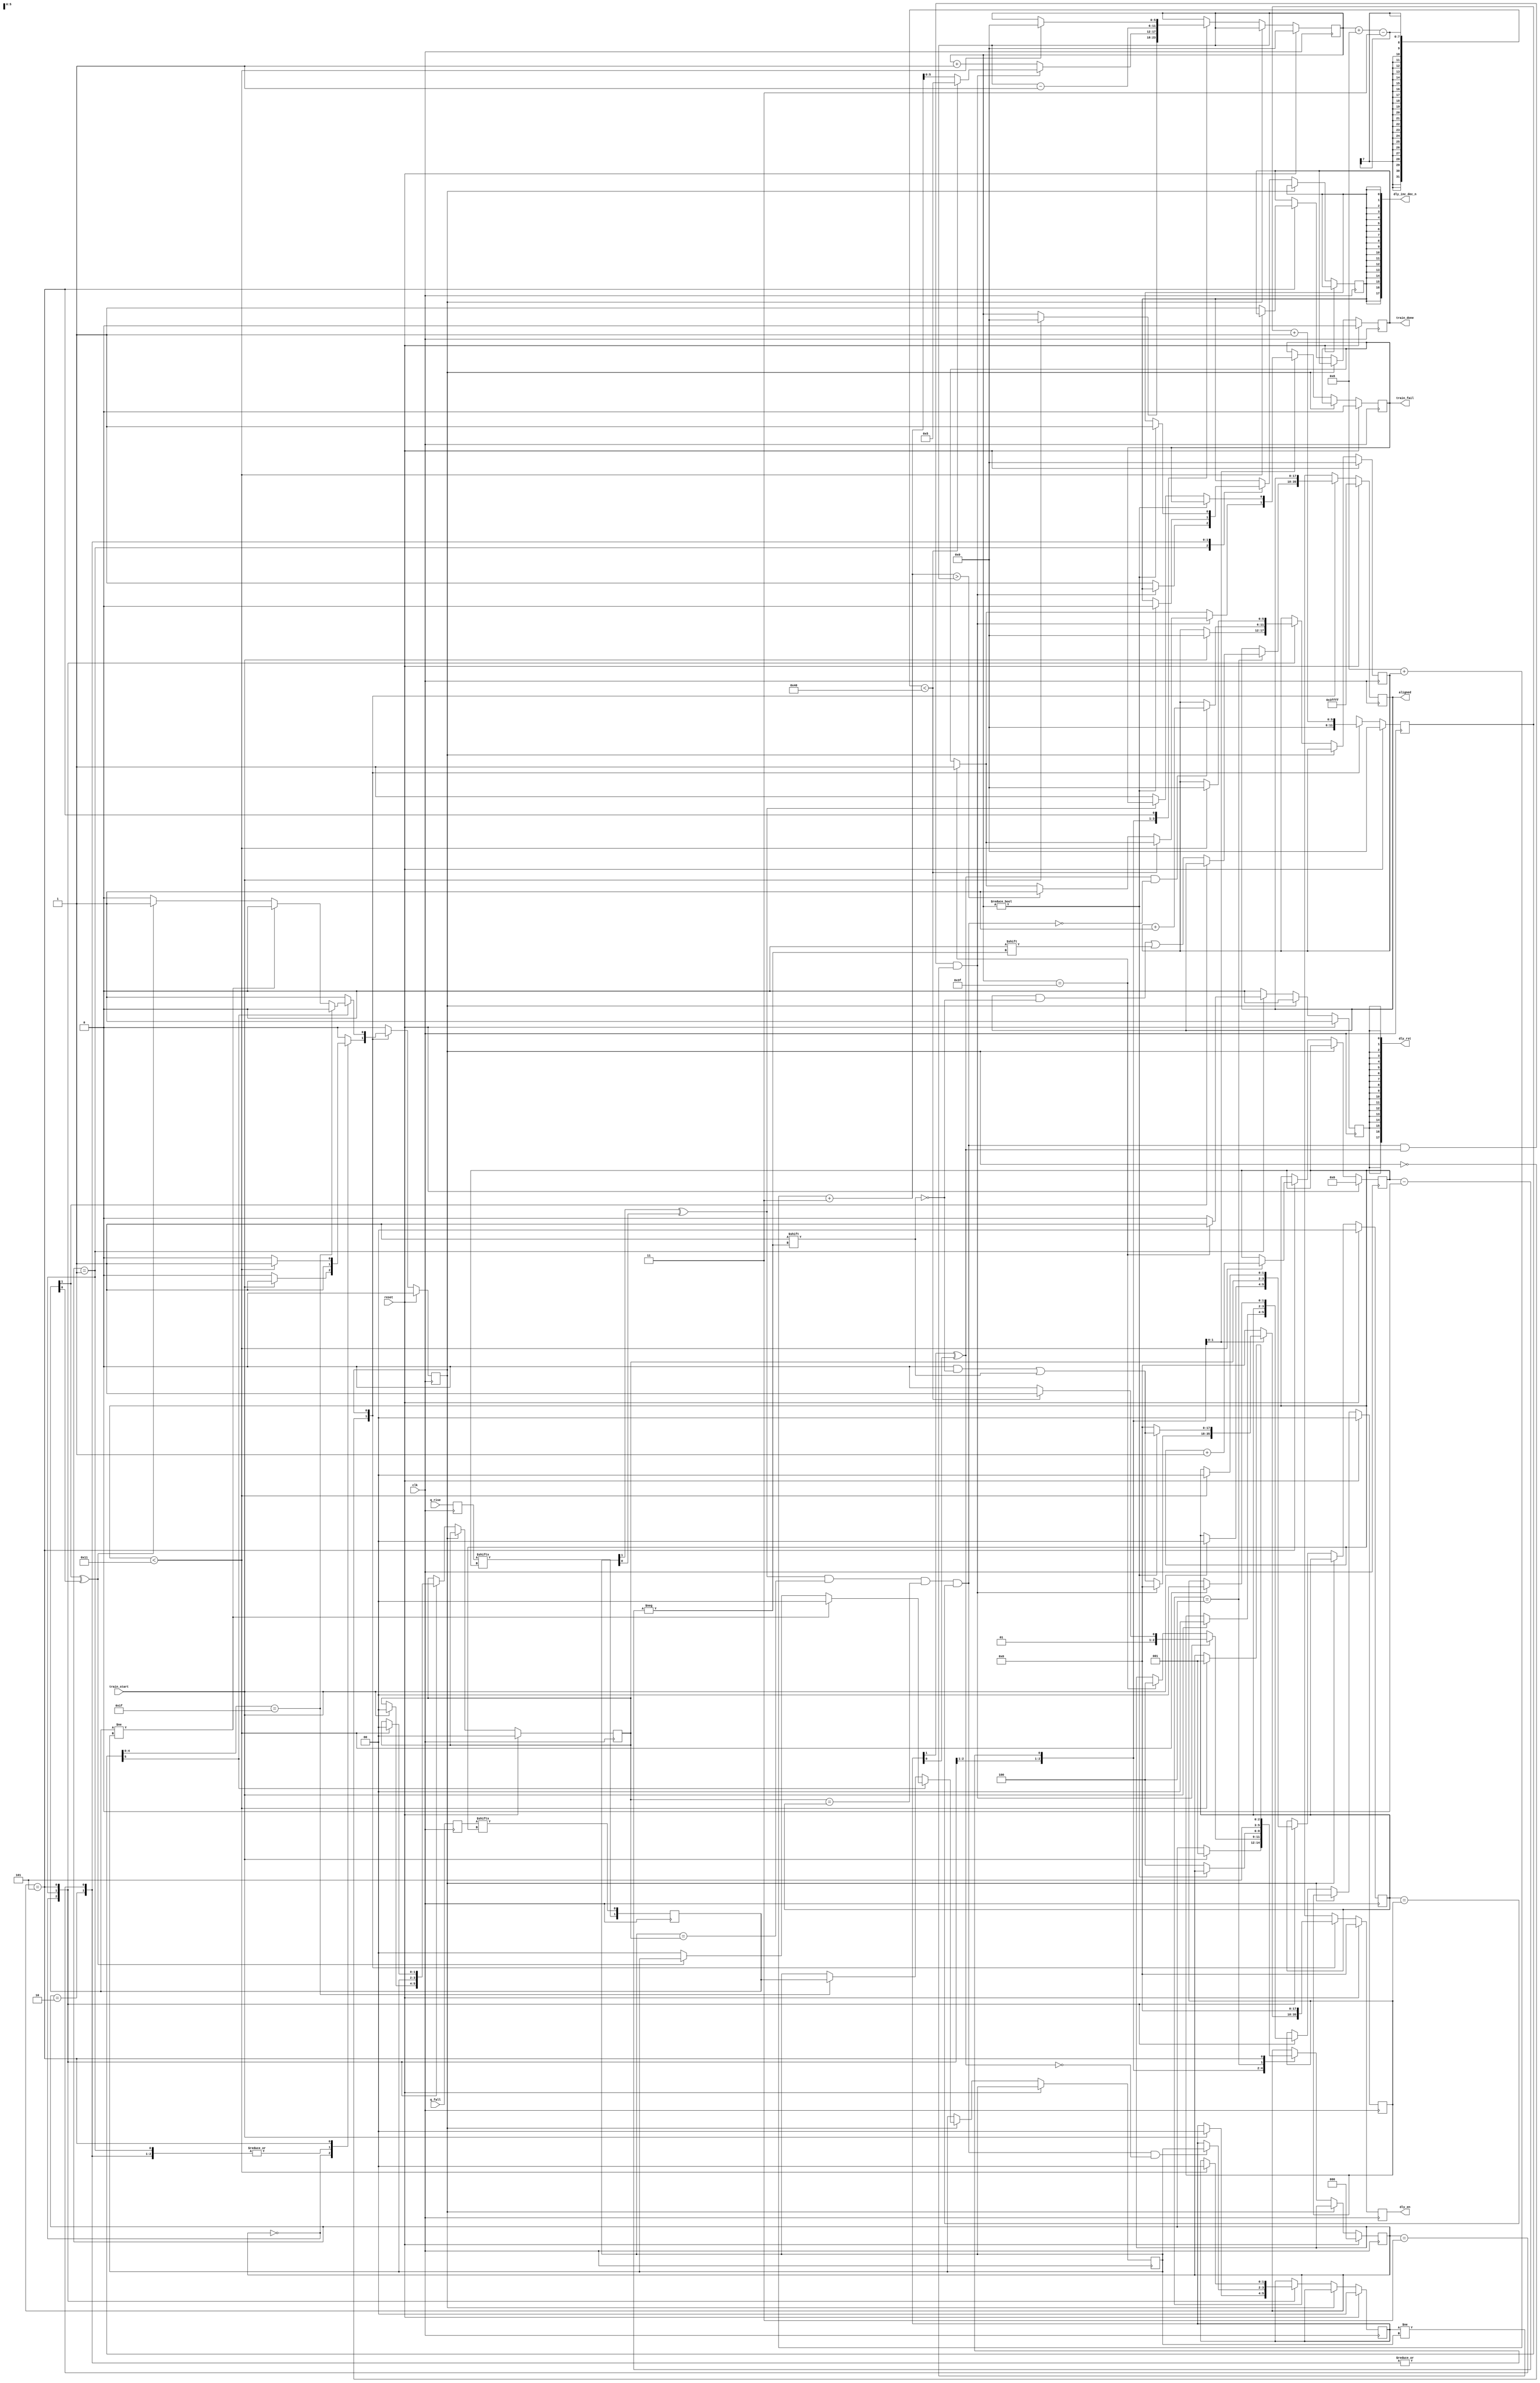
module qdrc_phy_bit_train #(
    parameter DATA_WIDTH = 18
  ) (
    input                     clk,
    input                     reset,
    input                     train_start,
    output                    train_done,
    output                    train_fail,
    /* input data */
    input  [DATA_WIDTH - 1:0] q_rise,
    input  [DATA_WIDTH - 1:0] q_fall,
    /* IODELAY controls */
    output [DATA_WIDTH - 1:0] dly_inc_dec_n,
    output [DATA_WIDTH - 1:0] dly_en,
    output [DATA_WIDTH - 1:0] dly_rst,
    /* Final Half word alignment status */
    output [DATA_WIDTH - 1:0] aligned
  );

  /* DLY_DELTA (in ps) is the delay increment when the IDELAY_CONF is configured with a 200 MHz clock */
  localparam DLY_DELTA  = 78;
  /* ILogic hold time in ps */
  localparam HOLD_TIME  = 600;
  /* The width of a bit in ps */
  localparam BIT_STEPS  = HOLD_TIME/DLY_DELTA + 1;

  function valid;
    input [1:0] i;
    begin
      valid = i[1] ^ i[0];
    end
  endfunction
   
  /* primary state machine */

  reg [2:0] state;
  localparam STATE_IDLE    = 3'd0;
  localparam STATE_SEARCH  = 3'd1;
  localparam STATE_BACK    = 3'd2;
  localparam STATE_FORWARD = 3'd3;
  localparam STATE_ALIGN   = 3'd4;
  localparam STATE_DONE    = 3'd5;

  reg mode;
  localparam MODE_DEFAULT = 0;
  localparam MODE_ACQUIRE = 1;

  /* Registers referenced by the state machine */
  reg dly_inc_dec_n_reg;
  assign dly_inc_dec_n = {18{dly_inc_dec_n_reg}};

  reg [17:0] dly_en_reg;
  assign dly_en = dly_en_reg;

  reg dly_rst_reg;
  assign dly_rst = {18{dly_rst_reg}};

  reg [17:0] aligned_reg;
  assign aligned = aligned_reg;

  reg train_fail_reg;
  assign train_fail = train_fail_reg;

  reg train_done_reg;
  assign train_done = train_done_reg;

  reg [1:0] curr_reg; /* Async register for capturing IDDR data */
  // synthesis attribute ASYNC_REG of curr_reg[0] is true 
  // synthesis attribute ASYNC_REG of curr_reg[1] is true 
  //
  reg [1:0] prev;  /* the 'ACQUIRED' value 1 cycle  previous */
  reg [1:0] curr;  /* the current  'ACQUIRED' value */
  reg [1:0] hist0;    
  reg [1:0] hist1;    
  reg [1:0] hist2;    
  localparam HISTORY_LENGTH = 3;

  wire history_stable = valid(curr) && curr == hist0 && hist0 == hist1 && hist1 == hist2;

  reg [5:0] acquire_progress;

  reg [4:0] bit_index;
  reg [5:0] progress;
  reg [5:0] baddies;

  reg [DATA_WIDTH-1:0] q_rise_buf;
  reg [DATA_WIDTH-1:0] q_fall_buf;

  always @(posedge clk) begin
    /* Single cycle outputs */
    dly_en_reg   <= 18'b0;
    dly_rst_reg  <= 1'b0;

    /* async registered iddr data */
    q_rise_buf <= q_rise;
    q_fall_buf <= q_fall;
    curr_reg <= {q_rise_buf[bit_index], q_fall_buf[bit_index]};

    if (reset) begin
      state          <= STATE_IDLE;
      mode           <= MODE_DEFAULT;

      train_fail_reg <= 1'b0;
      train_done_reg <= 1'b0;

      aligned_reg <= {18{1'b1}};

      progress         <= 6'b0;
      acquire_progress <= 0;

      baddies     <= 6'b0;

      prev       <= 2'b0;
      hist0      <= 2'b0;
      hist1      <= 2'b0;
      hist2      <= 2'b0;
      bit_index  <= 5'b0;

      dly_rst_reg <= 1'b1;
    end else begin
      case (mode)
        MODE_DEFAULT: begin
          /* always clear the aquire state */
          acquire_progress <= 0;

          case (state)
            STATE_IDLE:    begin
              if (train_start) begin
                state    <= STATE_SEARCH;
                mode     <= MODE_ACQUIRE;

                progress <= 6'b0;
                baddies  <= 6'b0;

                prev     <= 2'b0;
                hist0    <= 2'b0;
                hist1    <= 2'b0;
                hist2    <= 2'b0;
              end
            end
            STATE_SEARCH:  begin
              /* Search for a edge transition
                 _______BBBBBBB--X
              */
              mode  <= MODE_ACQUIRE;

              hist0 <= curr;
              hist1 <= hist0;
              hist2 <= hist1;

              /* We have delayed as much as we could and have not found
               * a bit transition */
              if (progress == 6'd63) begin
                  state           <= STATE_ALIGN;
                  train_fail_reg  <= 1'b1;
                  dly_rst_reg     <= 1'b1;
              end 

              /* the first time we have a stable value, store it in 'prev' */
              if (history_stable && !valid(prev)) begin
                prev <= curr;
              end

              /* if we have a stable value and there is a change in value */
              if (history_stable && valid(prev) && prev != curr) begin
                if (progress + BIT_STEPS - HISTORY_LENGTH < 64) begin
                /* if we have a stable value and there is a change in value */
                  state    <= STATE_FORWARD;
                  progress <= BIT_STEPS - HISTORY_LENGTH;
                end else begin
                  state    <= STATE_BACK;
                  progress <= BIT_STEPS + baddies + HISTORY_LENGTH;

                  if (BIT_STEPS + baddies + HISTORY_LENGTH > progress) begin
                    /* we cant go back further than we went */
                    train_fail_reg  <= 1'b1;
                  end
                end
              end else begin
                progress              <= progress + 1;
                dly_inc_dec_n_reg     <= 1'b1;
                dly_en_reg[bit_index] <= 1'b1;
              end

              if (valid(prev) && !history_stable) begin
                baddies <= baddies + 1;
              end
            end
            STATE_BACK:    begin
              mode     <= MODE_ACQUIRE;
              progress <= progress - 1;

              if (progress) begin
                dly_inc_dec_n_reg     <= 1'b0;
                dly_en_reg[bit_index] <= 1'b1;
              end else begin
                state <= STATE_ALIGN;
                if (!valid(curr)) begin
                  train_fail_reg <= 1'b1;
                end
              end
            end
            STATE_FORWARD: begin
              mode          <= MODE_ACQUIRE;
              progress      <= progress - 1;

              if (progress) begin
                dly_inc_dec_n_reg     <= 1'b1;
                dly_en_reg[bit_index] <= 1'b1;
              end else begin
                state       <= STATE_ALIGN;
                if (!valid(curr)) begin
                  train_fail_reg <= 1'b1;
                end
              end
            end
            STATE_ALIGN:    begin
              state    <= STATE_DONE;
              if (!curr_reg[1])
                aligned_reg [bit_index] <= 1'b0;
            end
            STATE_DONE:    begin
              if (bit_index < DATA_WIDTH - 1) begin
                state      <= STATE_SEARCH;
                mode       <= MODE_ACQUIRE;

                progress   <= 6'b0;
                baddies    <= 6'b0;
                prev       <= 2'b0;
                hist0      <= 2'b0;
                hist1      <= 2'b0;
                hist2      <= 2'b0;
                bit_index  <= bit_index + 1;
              end else begin
                train_done_reg <= 1'b1;
              end
            end
          endcase
        end
        MODE_ACQUIRE: begin
          acquire_progress <= acquire_progress + 1;
          if (!acquire_progress[5]) begin
            /* Latch the first value after waiting 32 cycles */
            if (acquire_progress[4:0] == 5'b11111) begin
              curr <= curr_reg;
            end
          end else begin
            if (!valid(curr_reg)) begin
              /* if the data is invalid mark the data and exit */
              mode <= MODE_DEFAULT;
              curr <= 2'b00; //invalid
            end

            if (curr_reg != curr) begin
              /* if the data value has changed mark the data and exit */
              mode <= MODE_DEFAULT;
              curr <= 2'b00; //invalid
            end

            if (acquire_progress[4:0] == 5'b11111) begin
              mode <= MODE_DEFAULT;
            end
          end
        end
      endcase
    end
  end

endmodule